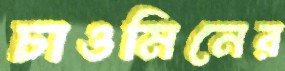
চাওমিনের